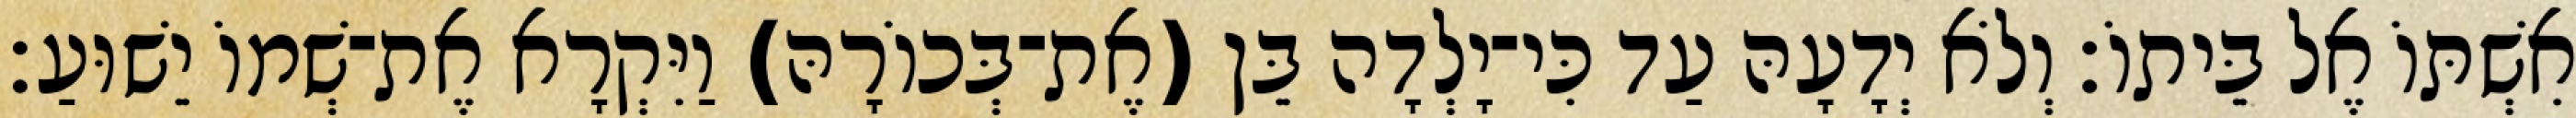
אִשְׁתּוֹ אֶל בֵּיתוֹ׃ וְלֹא יְדָעָהּ עַד כִּי־יָלְדָה בֵּן (אֶת־בְּכוֹרָהּ) וַיִּקְרָא אֶת־שְׁמוֹ יֵשׁוּעַ׃